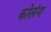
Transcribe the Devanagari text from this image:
कोलंग